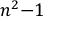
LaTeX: \, n ^ { 2 } { - } 1